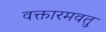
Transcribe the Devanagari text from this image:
वक्तारमवतु